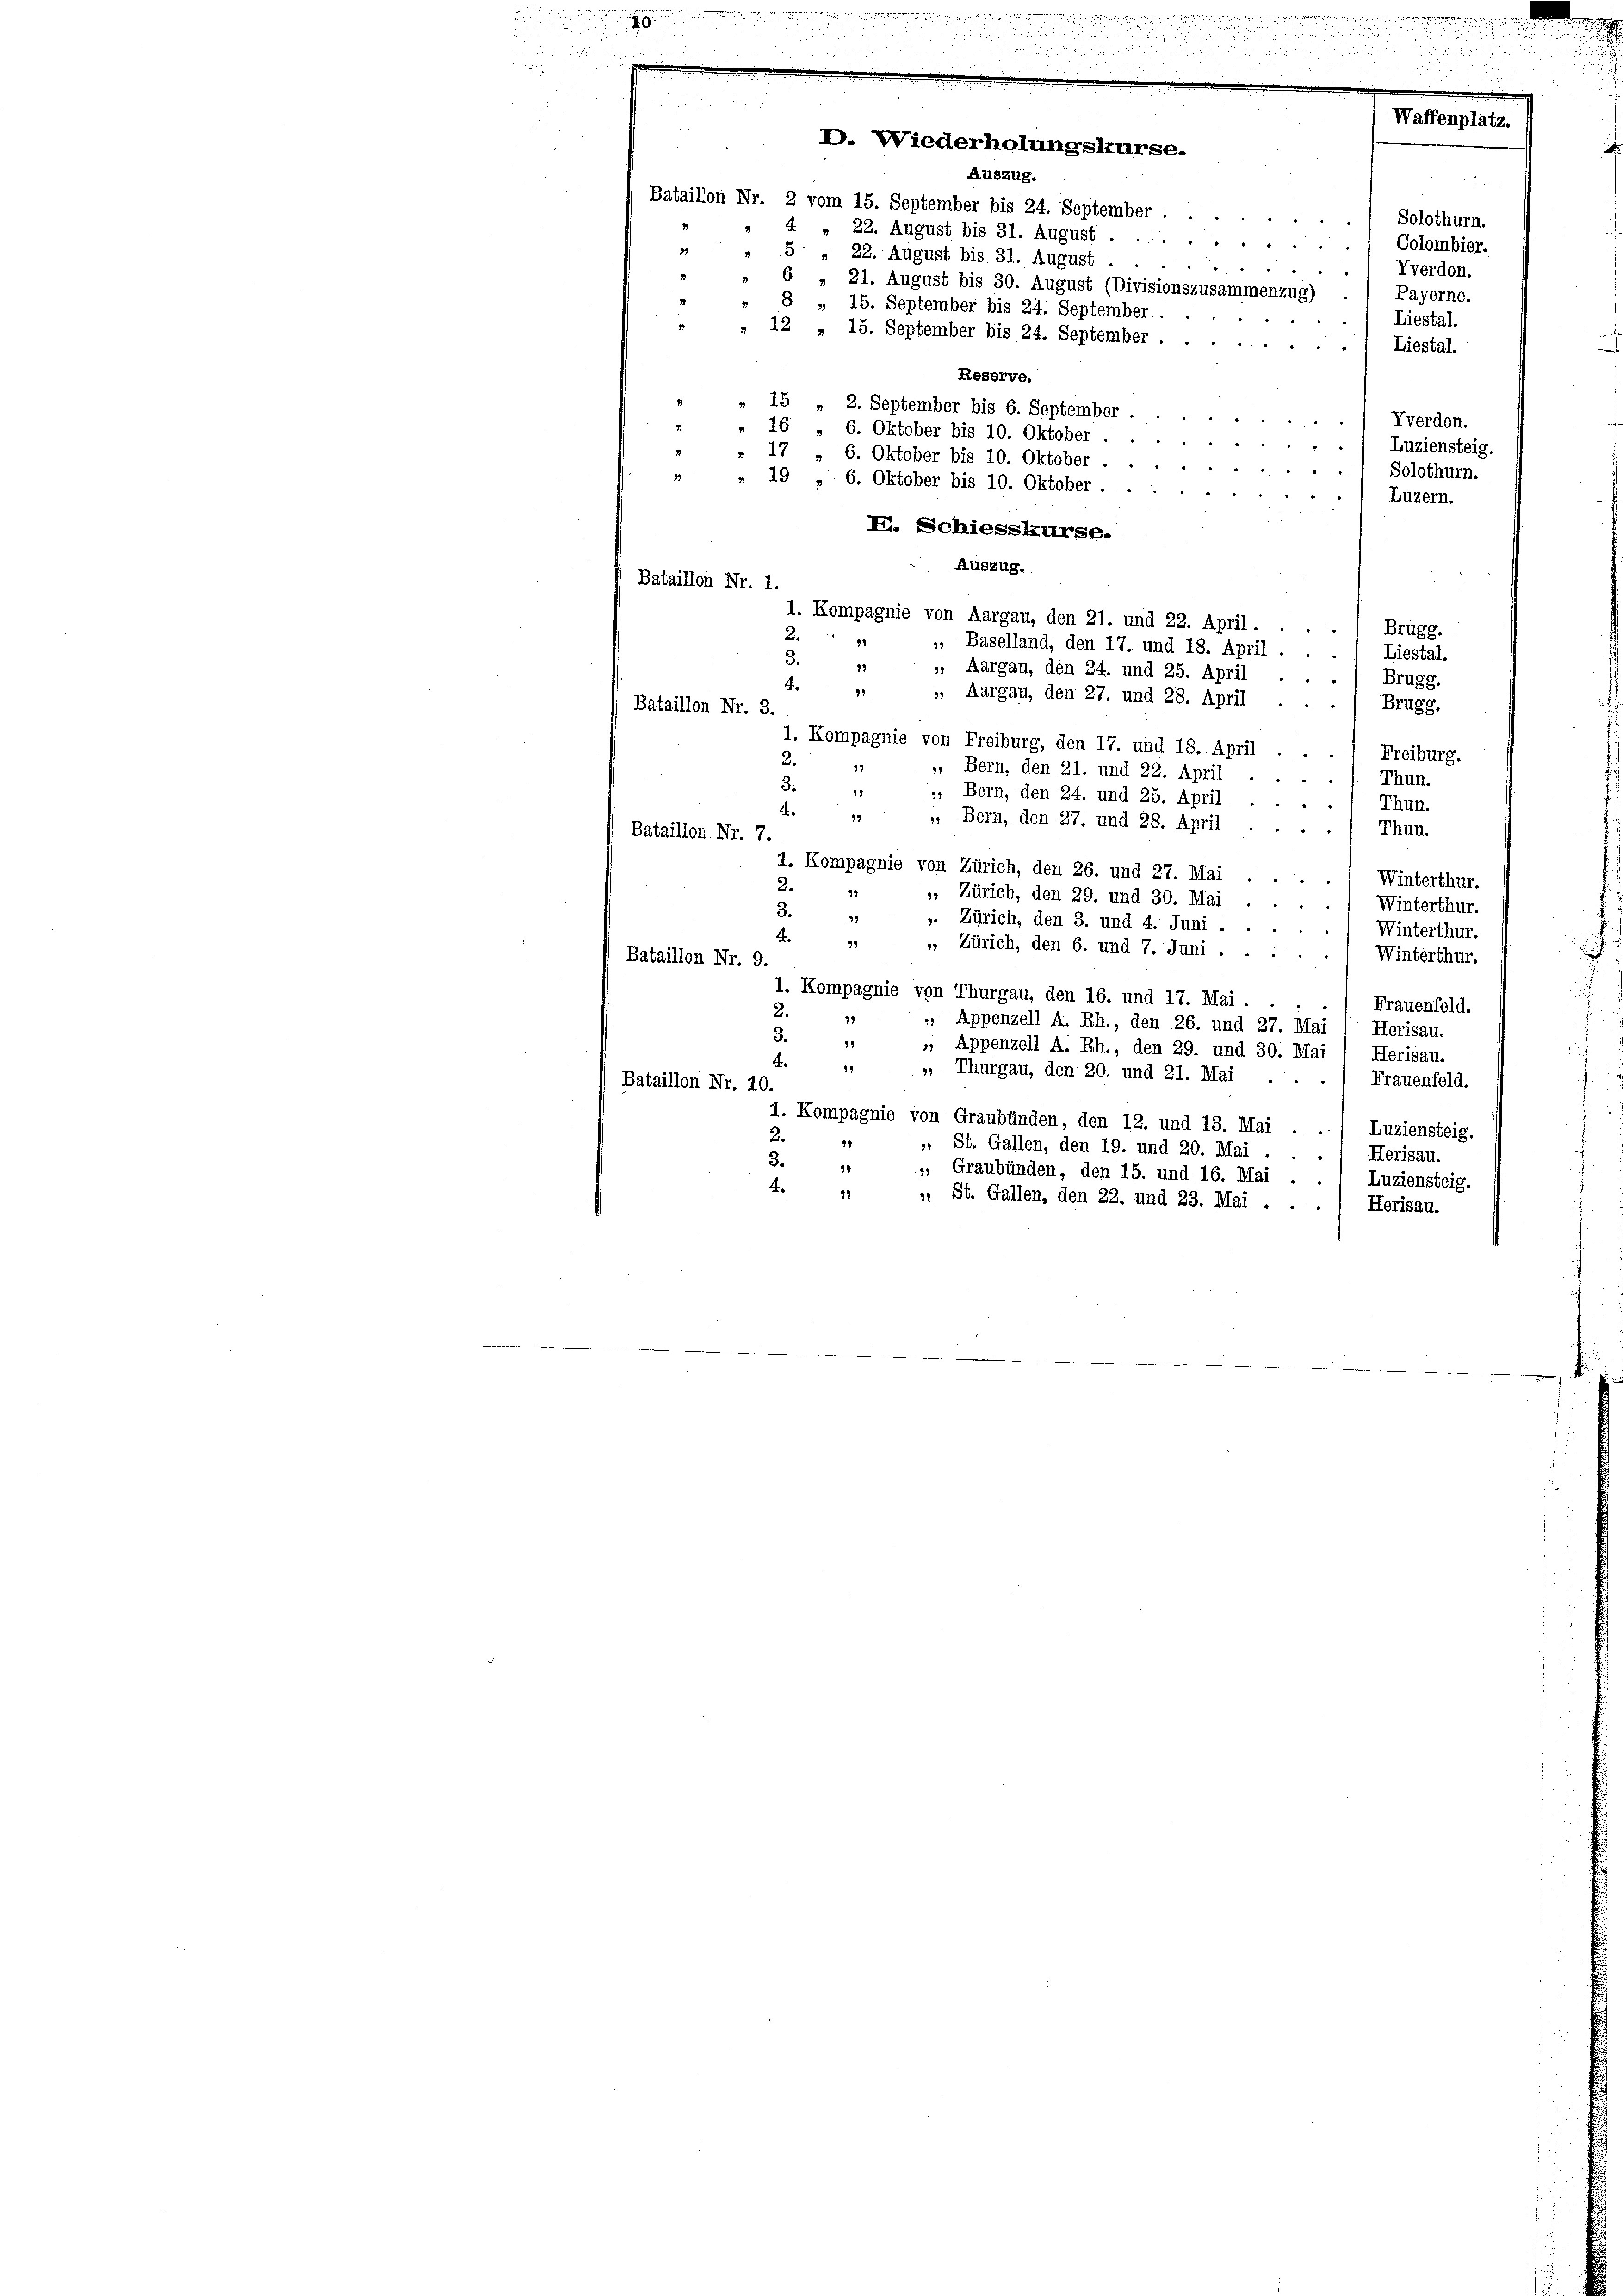
8

Auszug.

Bataillon Nr. 2 vom 15. September bis 24. September.
4 " 22. August bis 31. August 1 Colombier.
3)
5 " 22. August bis 31. August.
6 " 21. August bis 30. August (Divisionszusammenzug)
15
» 12 „ 15. September bis 24. September . .
Reserve.
" 15 " 2. September bis 6. September.
1 verdon.
2
16 „ 6. Oktober bis 10. Oktober .

Luziensteig.
17 " 6. Oktober bis 10. Oktober.
Solothurn.
39
" 19 " 6. Oktober bis 10. Oktober.
Luzern.
I. Schiesskurse.
Auszug.
Bataillon Nr. 1.
1. Kompagnie von Aargau, den 21. und 22. April.
8
Brugg.
2.
97
, Baselland, den 17. und 18. April.
Liestal.
3.
92
». Aargau, den 24. und 25. April
Brugg.
¬
22
, Aargau, den 27. und 28. April
Brugg.
Bataillon Nr. 3.
1. Kompagnie von Freiburg, den 17. und 18. April
Freiburg.
2.
3
, Bern, den 21. und 22. April
Thun.
3.
99
 Bern, den 24. und 25. April
Thun.
4.
93
 Bern, den 27. und 28. April
Thun.
Bataillon Nr. 7.
1. Kompagnie von Zürich, den 26. und 27. Mai
Winterthur.
2.
39
, Zürich, den 29. und 30. Mai
Winterthur.
3.
98
». Zürich, den 3. und 4. Juni.
Winterthur.
4.
99
». Zürich, den 6. und 7. Juni.
Winterthur.
Bataillon Nr. 9.
1. Kompagnie von Thurgau, den 16. und 17. Mai . . .
Frauenfeld.
2.
78
, Appenzell A. Rh., den 26. und 27. Mai 1 Herisau.
.
19
», Appenzell A. Rh., den 29. und 30. Mai / Herisau.
4.
99
, Thurgau, den 20. und 21. Mai
Frauenfeld.
Bataillon Nr. 40.
1. Kompagnie von Graubünden, den 12. und 13. Mai . . 1 Luziensteig.
2.
, St. Gallen, den 19. und 20. Mai
1 Herisau.
3.
39
", Graubünden, den 15. und 16. Mai . . ) Luziensteig.
.
73
». St. Gallen, den 22. und 23. Mai .
Herisau.

D. Wiederholungskurse.

8 „ 15. September bis 24. September.

"

u

Solothurn.
Vverdon.
Payerne.
Liestal.
Liestal.